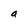
Character: a